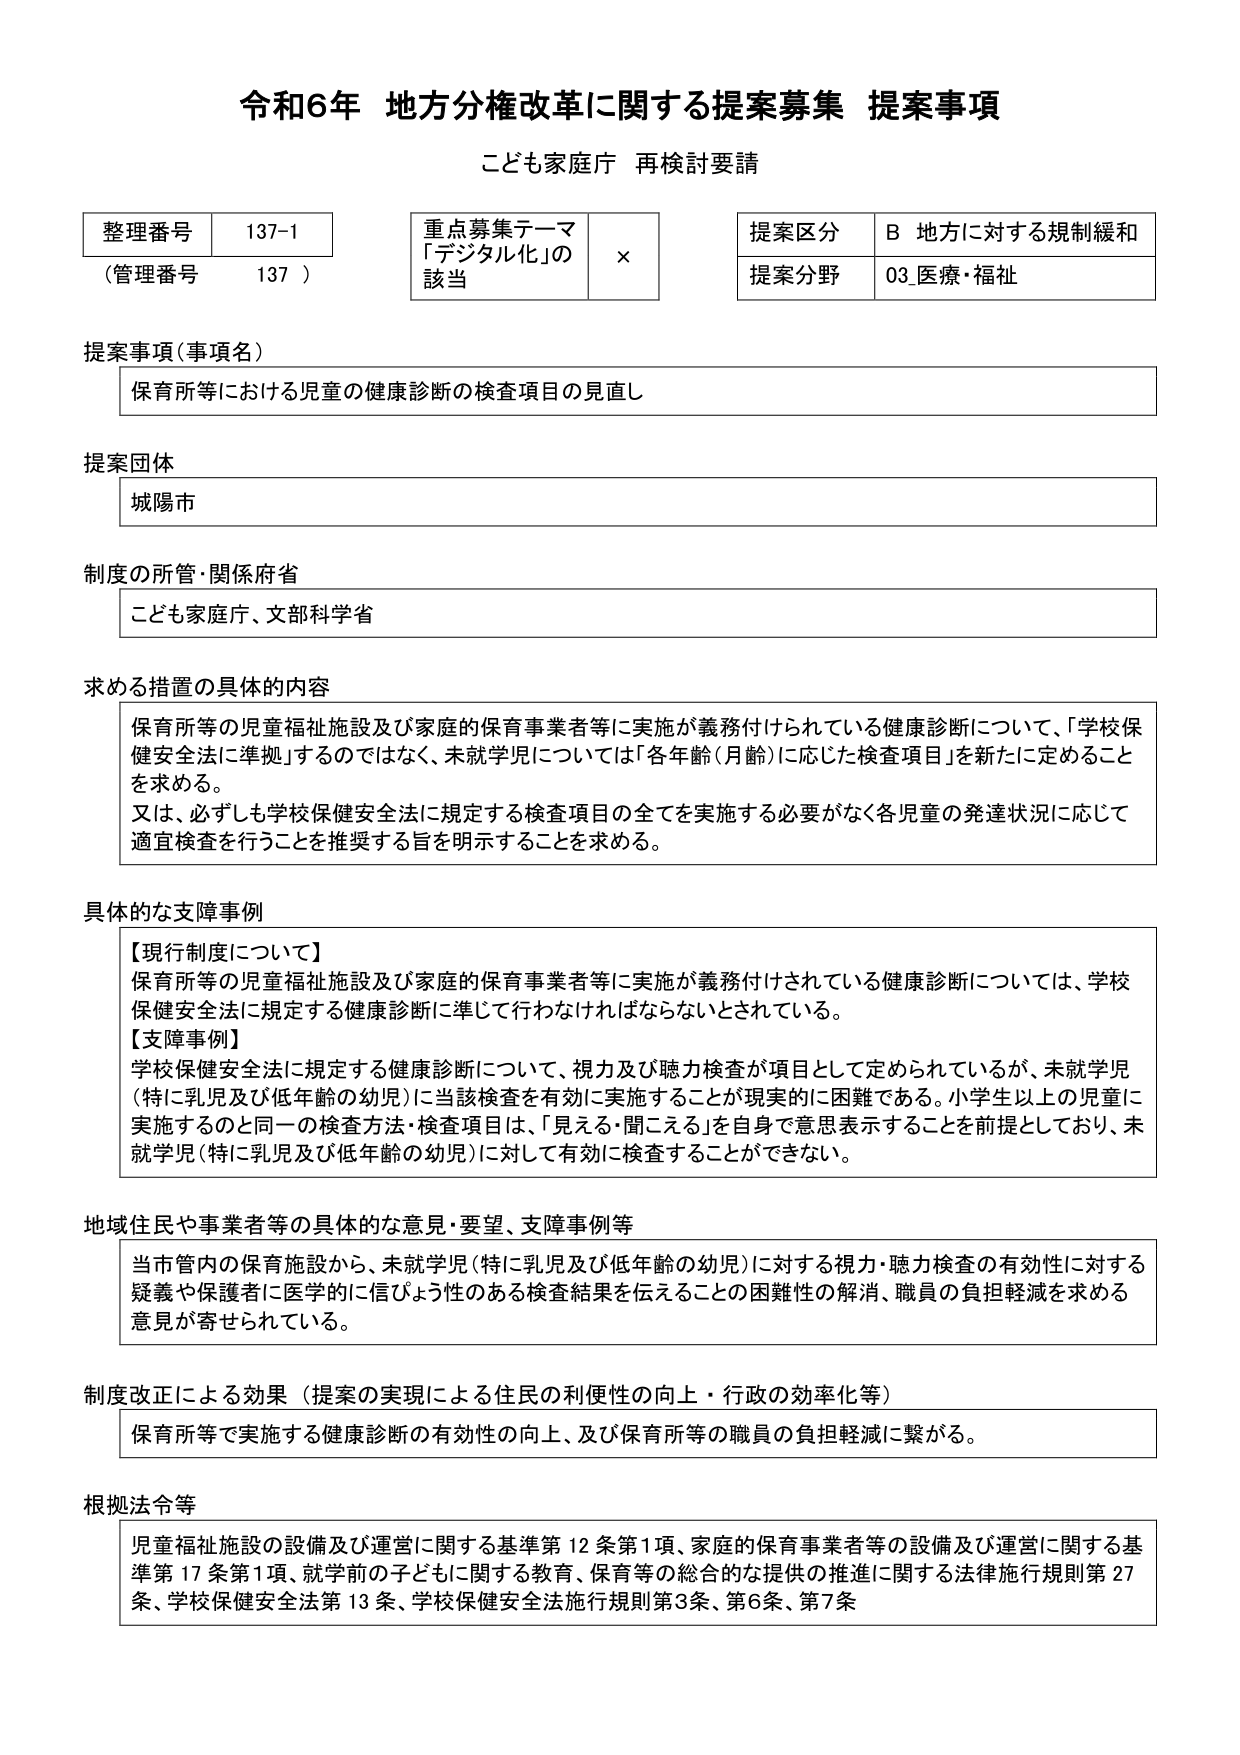
令和6年 地方分権改革に関する提案募集 提案事項
こども家庭庁 再検討要請

整理番号 137-1
（管理番号 137）

重点募集テーマ
「デジタル化」の
該当 ×

提案区分 B 地方に対する規制緩和
提案分野 03 医療・福祉

提案事項（事項名）
保育所等における児童の健康診断の検査項目の見直し

提案団体
城陽市

制度の所管・関係府省
こども家庭庁、文部科学省

求める措置の具体的内容
保育所等の児童福祉施設及び家庭的保育事業者等に実施が義務付けられている健康診断について、「学校保健安全法に準拠」するのではなく、未就学児については「各年齢（月齢）に応じた検査項目」を新たに定めることを求める。
又は、必ずしも学校保健安全法に規定する検査項目の全てを実施する必要がなく各児童の発達状況に応じて適宜検査を行うことを推奨する旨を明示することを求める。

具体的な支障事例
【現行制度について】
保育所等の児童福祉施設及び家庭的保育事業者等に実施が義務付けられている健康診断については、学校保健安全法に規定する健康診断に準じて行わなければならないとされている。
【支障事例】
学校保健安全法に規定する健康診断について、視力及び聴力検査が項目として定められているが、未就学児（特に乳児及び低年齢の幼児）に当該検査を有効に実施することが現実的に困難である。小学生以上の児童に実施するのと同一の検査方法・検査項目は、「見える・聞こえる」を自身で意思表示することを前提としており、未就学児（特に乳児及び低年齢の幼児）に対して有効に検査することができない。

地域住民や事業者等の具体的な意見・要望、支障事例等
当市管内の保育施設から、未就学児（特に乳児及び低年齢の幼児）に対する視力・聴力検査の有効性に対する疑義や保護者に医学的に信ぴょう性のある検査結果を伝えることの困難性の解消、職員の負担軽減を求める意見が寄せられている。

制度改正による効果（提案の実現による住民の利便性の向上・行政の効率化等）
保育所等で実施する健康診断の有効性の向上、及び保育所等の職員の負担軽減に繋がる。

根拠法令等
児童福祉施設の設備及び運営に関する基準第12条第1項、家庭的保育事業者等の設備及び運営に関する基準第17条第1項、就学前の子どもに関する教育、保育等の総合的な提供の推進に関する法律施行規則第27条、学校保健安全法第13条、学校保健安全法施行規則第3条、第6条、第7条